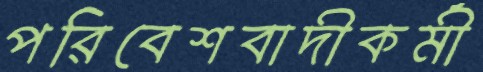
পরিবেশবাদীকর্মী